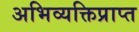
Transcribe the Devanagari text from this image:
अभिव्यक्तिप्राप्त